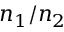
n _ { 1 } / n _ { 2 \, }